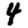
Digit: 4